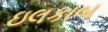
ઇલકાબ